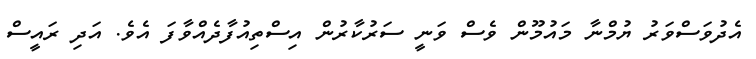
އެދުވަސްވަރު ޔުމްނާ މައުމޫން ވެސް ވަނީ ސަރުކާރުން އިސްތިއުފާދެއްވާފަ އެވެ. އަދި ރައީސް